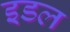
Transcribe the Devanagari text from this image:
इडल